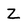
Character: Z